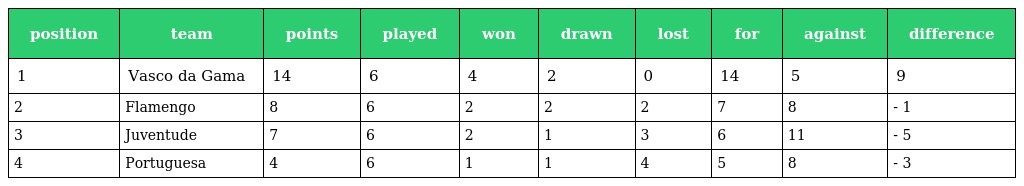
| position | team | points | played | won | drawn | lost | for | against | difference |
 | --- | --- | --- | --- | --- | --- | --- | --- | --- | --- |
 | 1 | Vasco da Gama | 14 | 6 | 4 | 2 | 0 | 14 | 5 | 9 |
 | 2 | Flamengo | 8 | 6 | 2 | 2 | 2 | 7 | 8 | - 1 |
 | 3 | Juventude | 7 | 6 | 2 | 1 | 3 | 6 | 11 | - 5 |
 | 4 | Portuguesa | 4 | 6 | 1 | 1 | 4 | 5 | 8 | - 3 |